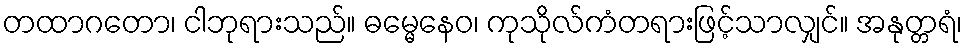
တထာဂတော၊ ငါဘုရားသည်။ ဓမ္မေနေဝ၊ ကုသိုလ်ကံတရားဖြင့်သာလျှင်။ အနုတ္တရံ၊